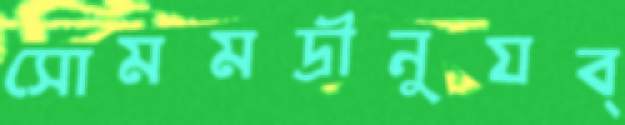
সোমমদ্রীনুযব্